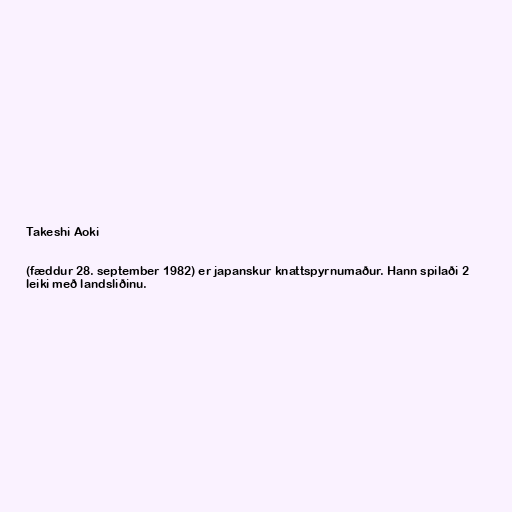
Takeshi Aoki

(fæddur 28. september 1982) er japanskur knattspyrnumaður. Hann spilaði 2
leiki með landsliðinu.